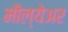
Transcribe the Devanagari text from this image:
मौल्येअर